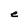
Character: e